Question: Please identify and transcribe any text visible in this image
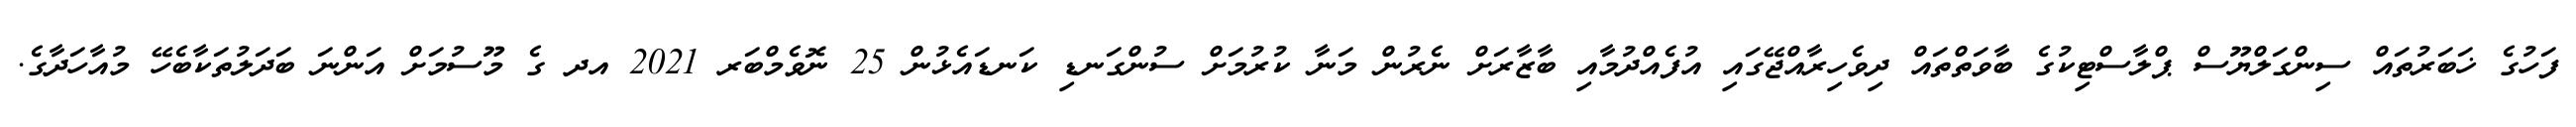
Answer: ފަހުގެ ޚަބަރުތައް ސިންގަލްޔޫސް ޕްލާސްޓިކުގެ ބާވަތްތައް ދިވެހިރާއްޖޭގައި އުފެއްދުމާއި ބާޒާރަށް ނެރުން މަނާ ކުރުމަށް ސުންގަނޑި ކަނޑައެޅުން 25 ނޮވެމްބަރ 2021 އދ ގެ މޫސުމަށް އަންނަ ބަދަލުތަކާބެހޭ މުއާހަދާގެ.